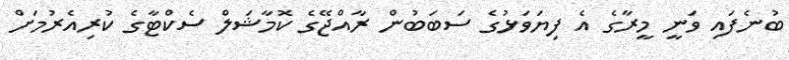
ބުނެފައި ވަނީ މީރާގެ އެ ފިޔަވަޅުގެ ސަބަބުން ރާއްޖޭގެ ކޮމާޝަލް ސެކްޓާގެ ކުރިއެރުމަށް